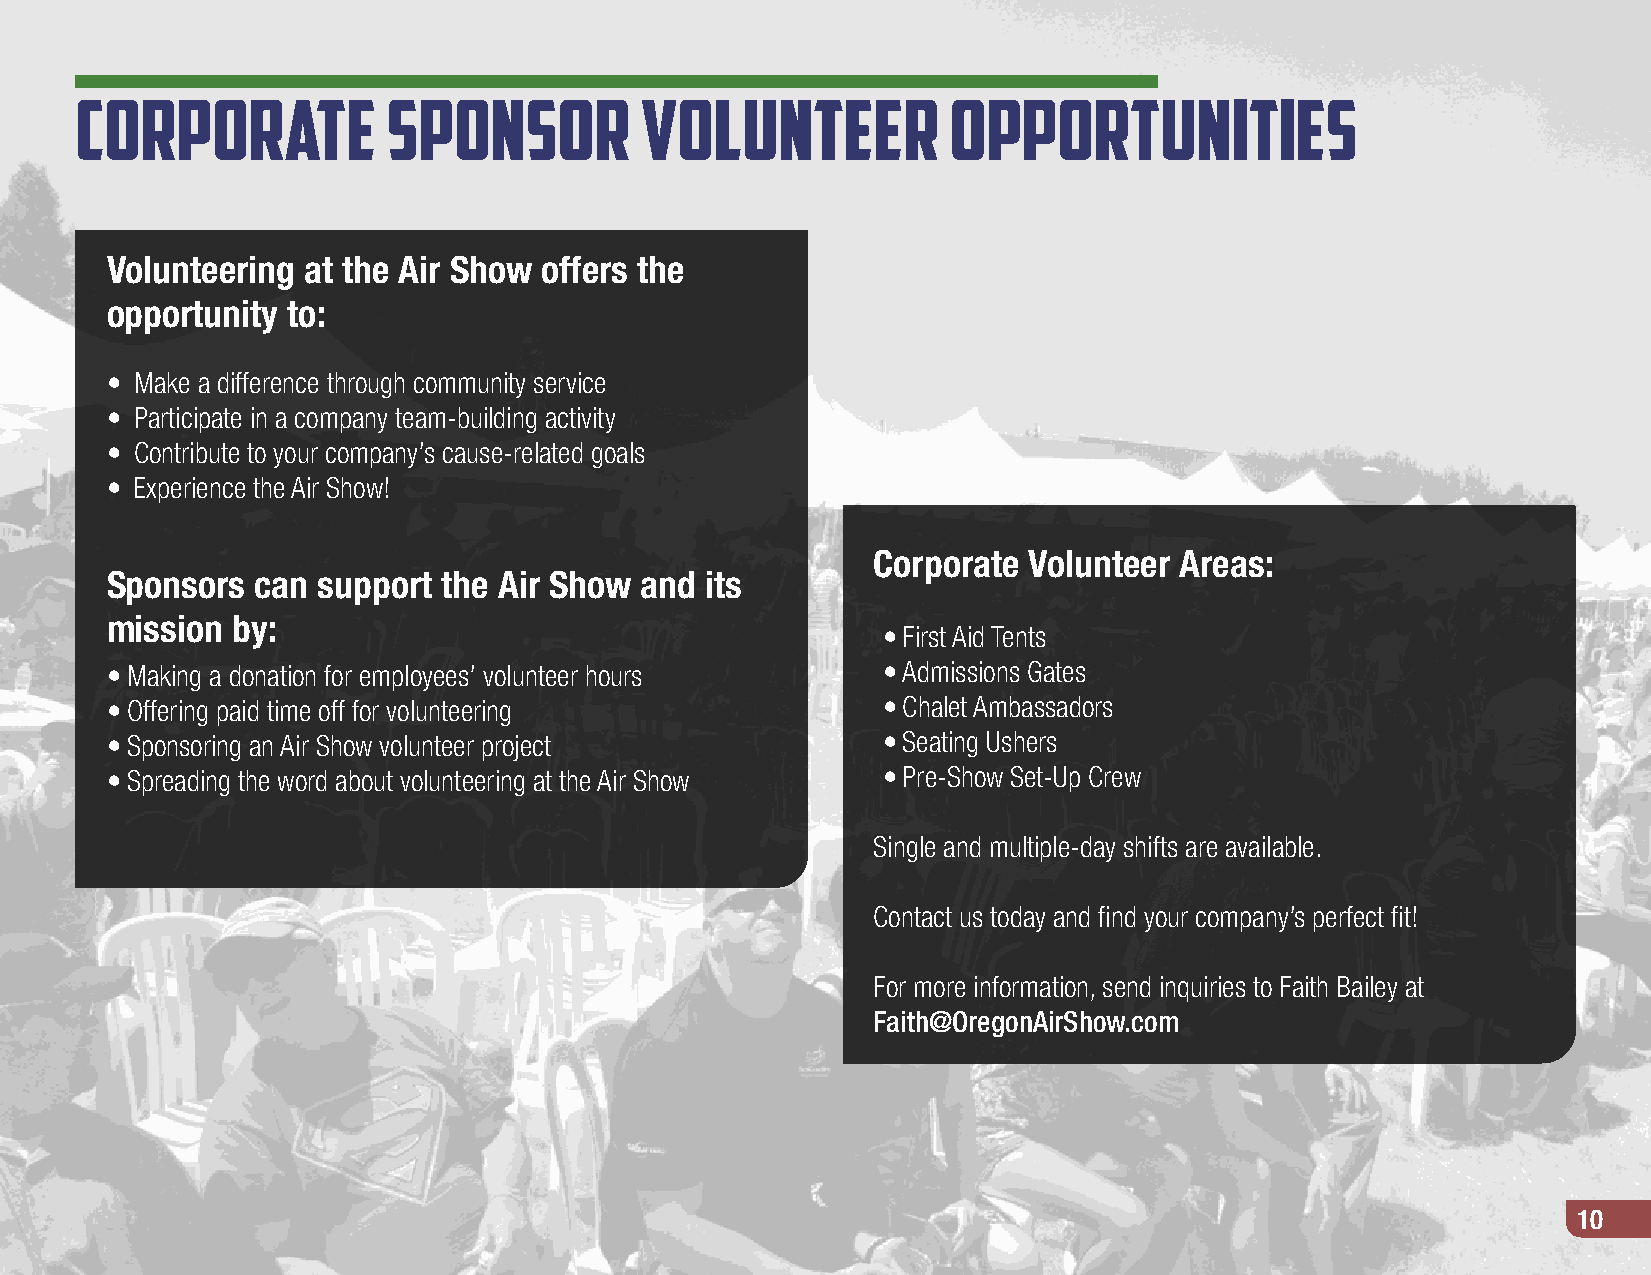
Corporate            Sponsor         Volunteer            Opportunities
 Volunteering at the Air Show offers the
 opportunity to:
 • Make a difference through community service
 • Participate in a company team-building activity
 • Contribute to your company’s cause-related goals
 • Experience the Air Show!
 Corporate Volunteer Areas:
 Sponsors  can support the Air Show and  its
 mission by:
 • First Aid Tents
 • Making a donation for employees’ volunteer hours • Admissions Gates
 • Offering paid time off for volunteering          • Chalet Ambassadors
 • Sponsoring an Air Show volunteer project         • Seating Ushers
 • Spreading the word about volunteering at the Air Show • Pre-Show Set-Up Crew
 Single and multiple-day shifts are available.
 Contact us today and find your company’s perfect fit!
 For more information, send inquiries to Faith Bailey at
 Faith@OregonAirShow.com
 10